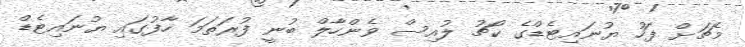
މެޗަށް ފަހު ޔުނައިޓެޑްގެ ކޯޗު ލުއިސް ވެންހާލް ބުނީ ފުރަތަމަ ހާފުގައި ޔުނައިޓެޑް